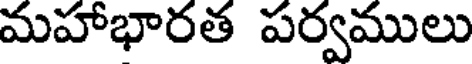
మహాభారత పర్వములు